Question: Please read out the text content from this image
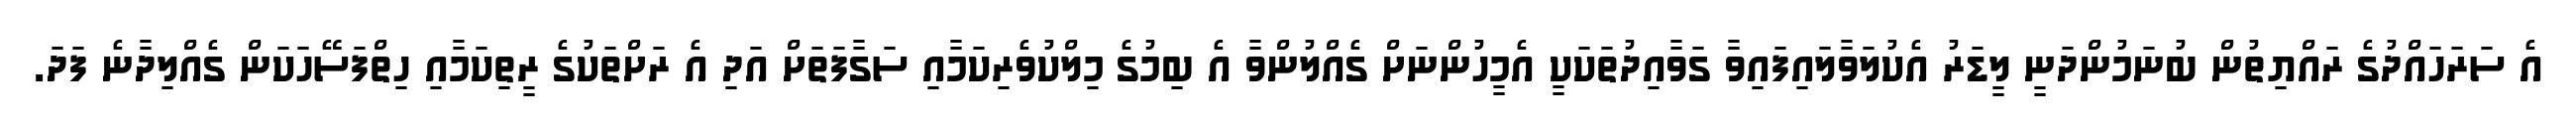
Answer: އެ ސަރަހައްދުގެ ރައްޔިތުން ބުނަމުންދަނީ ލީޑަރު އެކުލަވާލައިފައިވާ ގަވާއިދުތަކަކީ އެމީހުންނަށް ގެއްލުންވާ އެ ބިމުގެ މިލްކުވެރިކަމާއި ސަގާފަތަށް އަދި އެ ރަށްތަކުގެ ރީތިކަމާއި ހިތްފަސޭހަކަން ގެއްލިދާނެ ފަދަ.